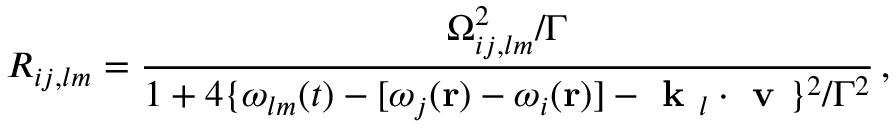
R _ { i j , l m } = \frac { \Omega _ { i j , l m } ^ { 2 } / \Gamma } { 1 + 4 \{ \omega _ { l m } ( t ) - [ \omega _ { j } ( \mathbf { r } ) - \omega _ { i } ( \mathbf { r } ) ] - \textbf { k } _ { l } \cdot \textbf { v } \} ^ { 2 } / \Gamma ^ { 2 } } \, ,